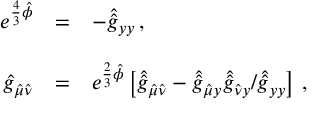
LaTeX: \begin{array} { r c l } { { e ^ { \frac { 4 } { 3 } \hat { \phi } } } } & { { = } } & { { - \hat { \hat { g } } _ { y y } \, , } } \\ { { } } & { { } } & { { } } \\ { { \hat { g } _ { \hat { \mu } \hat { \nu } } } } & { { = } } & { { e ^ { \frac { 2 } { 3 } \hat { \phi } } \left[ \hat { \hat { g } } _ { \hat { \mu } \hat { \nu } } - \hat { \hat { g } } _ { \hat { \mu } y } \hat { \hat { g } } _ { \hat { \nu } y } / \hat { \hat { g } } _ { y y } \right] \, , } } \end{array}